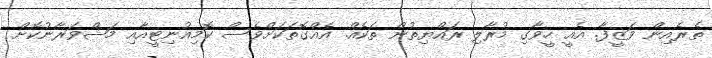
ތެރެއިން ވަޒީފާ. އެއީ ހީވާގި މުރާލި ރައްޔިތުން ތަކެއް. އެއްގޮތަކަށްވެސް ކޮމިއުނިޓީއާއި މަޝްވަރާނުކޮށް